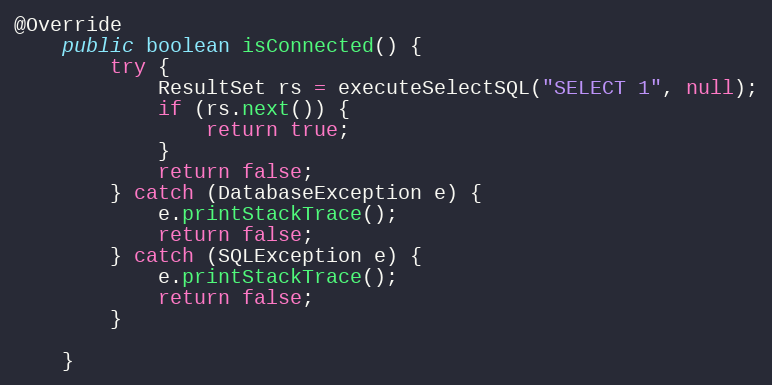
Language: Java
@Override
	public boolean isConnected() {
		try {
			ResultSet rs = executeSelectSQL("SELECT 1", null);
			if (rs.next()) {
				return true;
			}
			return false;
		} catch (DatabaseException e) {
			e.printStackTrace();
			return false;
		} catch (SQLException e) {
			e.printStackTrace();
			return false;
		}

	}